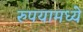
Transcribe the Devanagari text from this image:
रुपयामध्ये